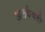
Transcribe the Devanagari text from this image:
अलर्कवती